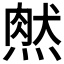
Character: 𤌔